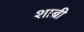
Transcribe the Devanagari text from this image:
शाब्री